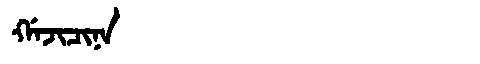
Manchu: ᡤᠠᠵᡳᠴᡳᠨᠠ
Romanization: GAJICINA